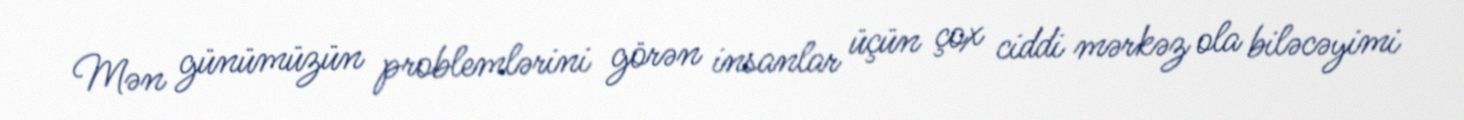
Mən günümüzün problemlərini görən insanlar üçün çox ciddi mərkəz ola biləcəyimi